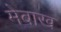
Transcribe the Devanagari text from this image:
मेबाख